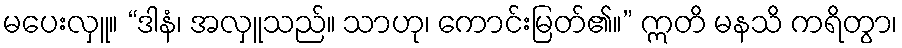
မပေးလှူ။ “ဒါနံ၊ အလှူသည်။ သာဟု၊ ကောင်းမြတ်၏။” ဣတိ မနသိ ကရိတွာ၊